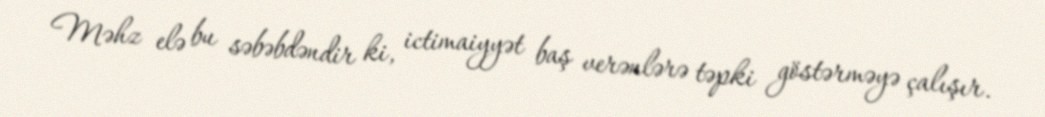
Məhz elə bu səbəbdəndir ki, ictimaiyyət baş verənlərə təpki göstərməyə çalışır.